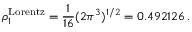
\rho _ { 1 } ^ { \mathrm { L o r e n t z } } = \frac { 1 } { 1 6 } ( 2 \pi ^ { 3 } ) ^ { 1 / 2 } = 0 . 4 9 2 1 2 6 \, .